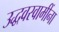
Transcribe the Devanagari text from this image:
उद्धवस्वामींना